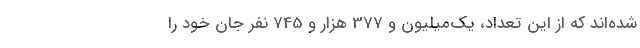
شده‌اند که از این تعداد، یک‌‌میلیون و 377 هزار و 745 نفر جان خود را